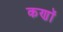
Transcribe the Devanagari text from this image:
कणॉ